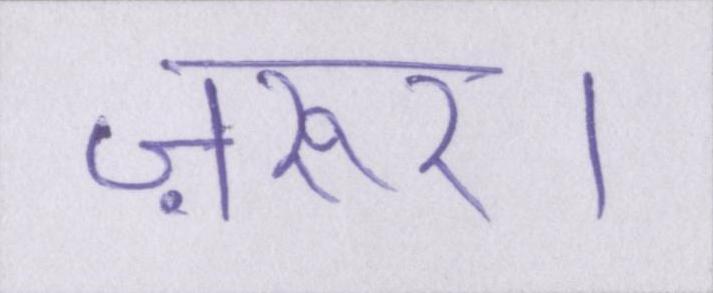
ज़रुर।